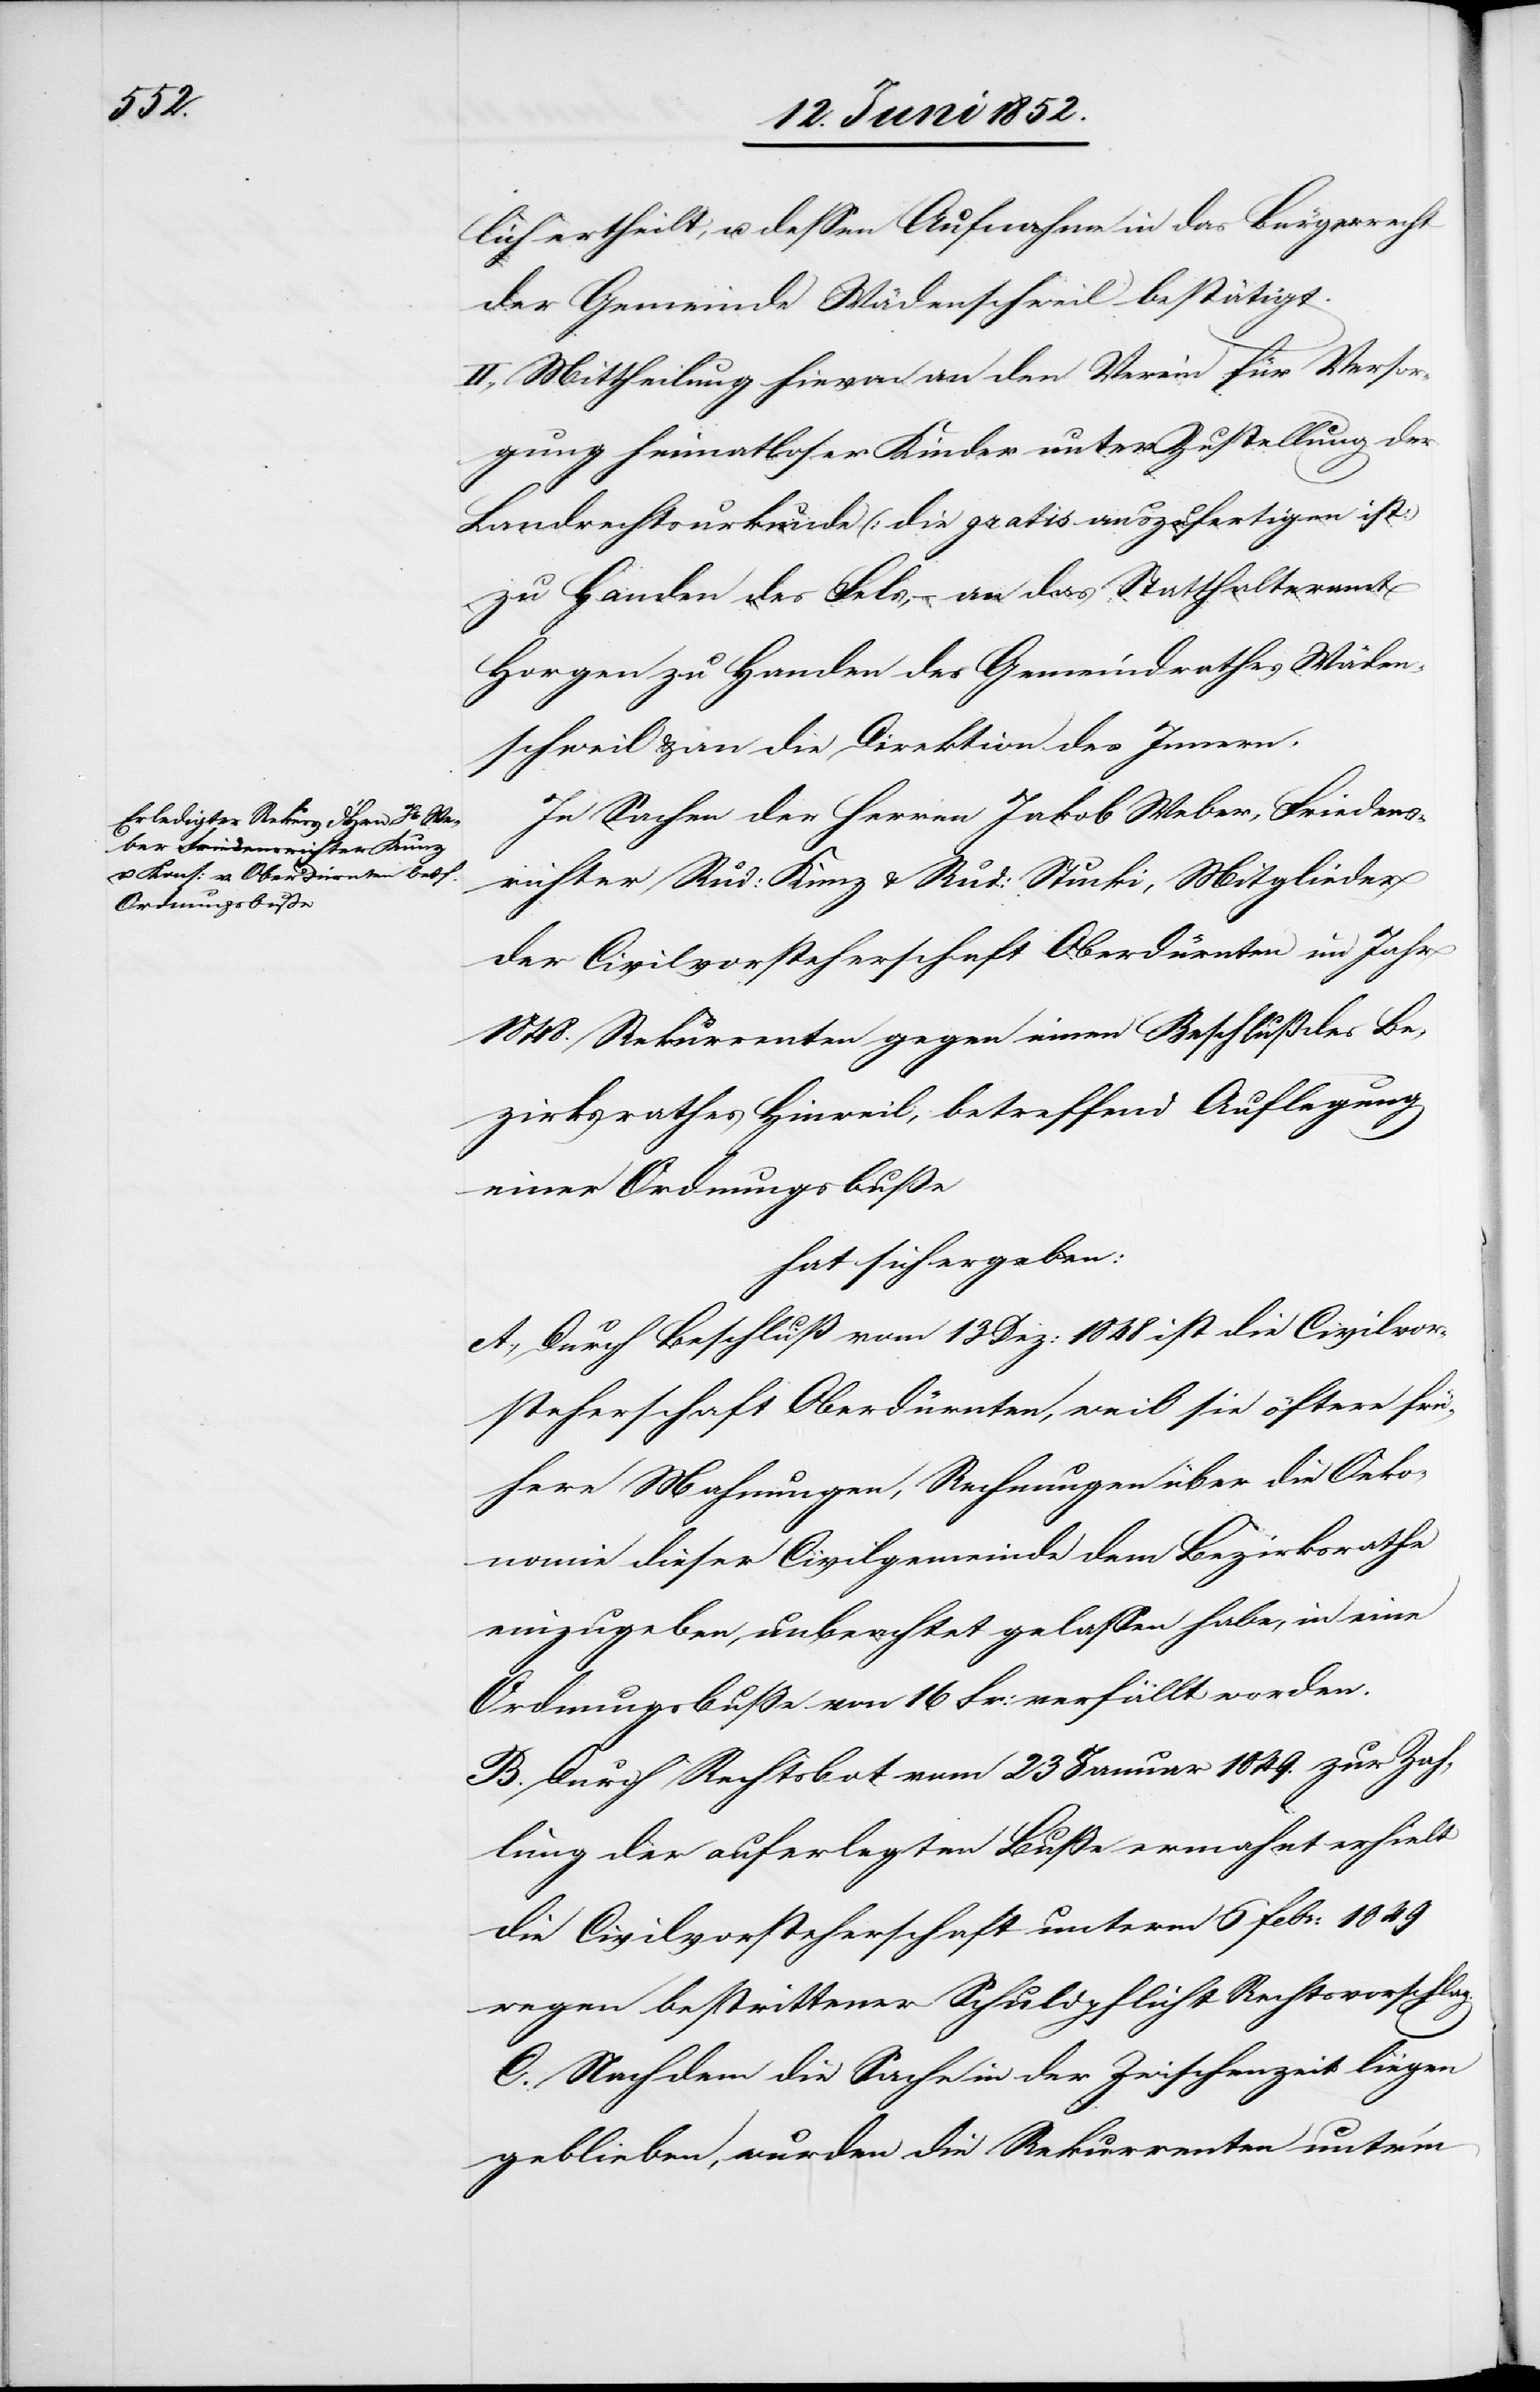
lich ertheilt, u. dessen Aufnahme in das Bürgerrecht
der Gemeinde Wädenschweil bestätigt.
II., Mittheilung hievon an den Verein für Versor¬
gung heimatloser Kinder unter Zustellung der
Landrechtsurkunde (die gratis auszufertigen ist.)
zu Handen des Fels, – an das Statthalteramt
Horgen zu Handen des Gemeindrathes Wäden¬
schweil & an die Direktion des Innern.
In Sachen der Herren Jakob Weber, Friedens¬
richter Rud: Kunz & Rud: Stucki, Mitglieder
der Civilvorsteherschaft Oberdürnten im Jahr
1848. Rekurrenten gegen einen Beschluß des Be¬
zirksrathes Hinweil, betreffend Auflegung
einer Ordnungsbuße
hat sich ergeben:
A., Durch Beschluß vom 13 Dez: 1848 ist die Civilvor¬
steherschaft Oberdürnten, weil sie öftere frü¬
here Mahnungen, Rechnungen über die Oeko¬
nomie dieser Civilgemeinde dem Bezirksrathe
einzugeben, unbeachtet gelassen habe, in eine
Ordnungsbuße von 16 Fr: verfällt worden.
B. Durch Rechtsbot vom 23 Januar 1849. zur Zah¬
lung der auferlegten Buße ermahnt erhielt
die Civilvorsteherschaft unterm 6 Febr: 1849
wegen bestrittener Schuldpflicht Rechtsvorschlag.
C. Nachdem die Sache in der Zwischenzeit liegen
geblieben, wurden die Rekurrenten unter’m